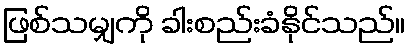
ဖြစ်သမျှကို ခါးစည်းခံနိုင်သည်။